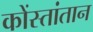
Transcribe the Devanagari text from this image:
कोंस्तांतान